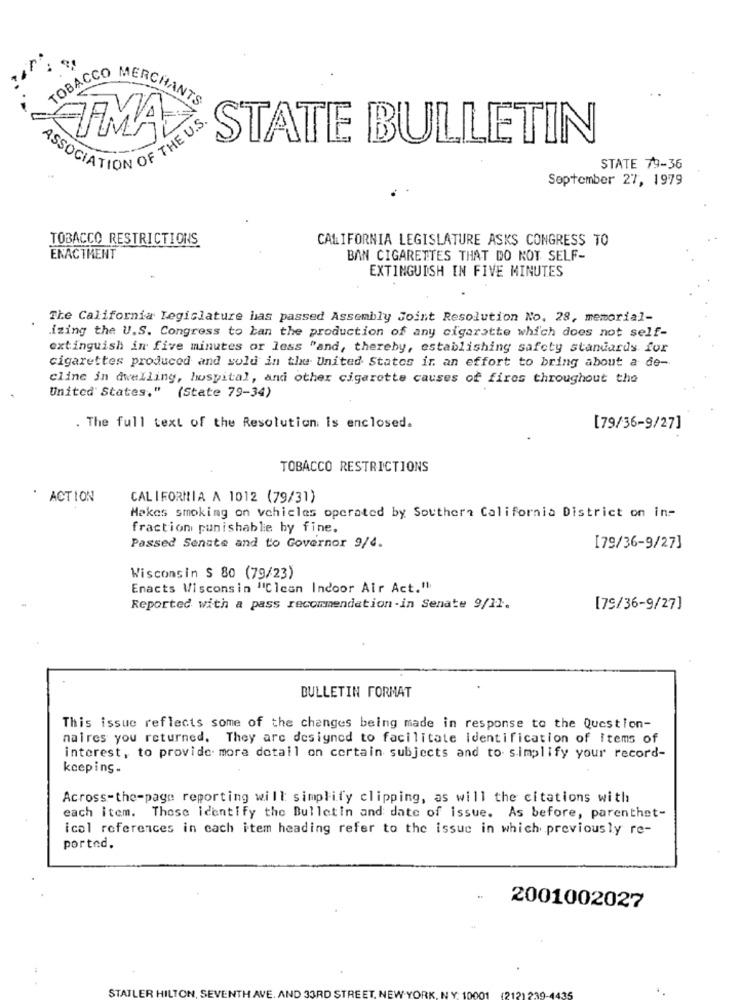
TOBACCO
MERCHANTS
FIMA
STATE BULLETIN
ASSOCIATION OF THE U.S.
STATE 79-36
September 27, 1979
TOBACCO RESTRICTIONS
CALIFORNIA LEGISLATURE ASKS CONGRESS TO
ENACTMENT
BAN CIGARETTES THAT DO NOT SELF-
EXTINGUISH IN FIVE MINUTES
The California Legislature has passed Assembly Joint Resolution No. 28, memorial-
izing the U.S. Congress to ban the production of any cigarette which does not self-
extinguish in five minutes or less "and, thereby, establishing safety standards for
cigarettes produced and sold in the United States in an effort to bring about a de-
cline in dwelling, hospital, and other cigarette causes of fires throughout the
United States." (State 79-34)
. The full text of the Resolution is enclosed.
[79/36-9/27]
TOBACCO RESTRICTIONS
. ACTION
CALIFORNIA A 1012 (79/31)
Makes smoking on vehicles operated by Southern California District on in-
fraction punishable by fine.
Passed Senate and to Governor 9/4.
[79/36-9/27]
Wisconsin $ 80 (79/23)
Enacts Wisconsin "'Clean Indoor Air Act."
Reported with a pass recommendation-in Senate 9/11.
[79/36-9/27]
BULLETIN FORMAT
This issue reflects some of the changes being made in response to the Question-
naires you returned. They are designed to facilitate identification of Items of
interest, to provide more detail on certain subjects and to simplify your record-
keeping.
Across-the-page reporting will simplify clipping, as will the citations with
each item. Those identify the Bulletin and date of issue. As before, parenthet-
icol references in each item heading refer to the issue in which previously re-
ported.
2001002027
STATLER HILTON,
AND 33RD STREE